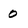
Character: 0